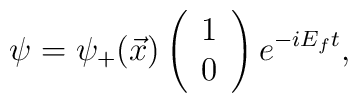
\psi =  {\psi}_+ ( \vec{x}) \left(\begin{array}{c} 1 \\ 0 \end{array}\right) e^{-iE_f t } ,